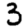
Digit: 3